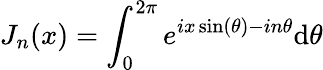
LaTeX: J_{n}(x)=\int_{0}^{2\pi}e^{ix\sin(\theta)-in\theta}\mathrm{d}\theta